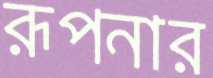
রূপনার